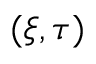
( \xi , \tau )